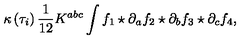
\kappa \left( \tau _ { i } \right) \frac { 1 } { 1 2 } K ^ { a b c } \int f _ { 1 } \star \partial _ { a } f _ { 2 } \star \partial _ { b } f _ { 3 } \star \partial _ { c } f _ { 4 } ,